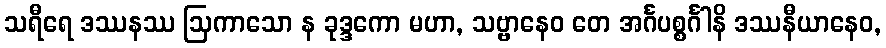
သရီရေ ဒဿနဿ ဩကာသော န ခုဒ္ဒကော မဟာ, သဗ္ဗာနေဝ တေ အင်္ဂပစ္စင်္ဂါနိ ဒဿနီယာနေဝ,